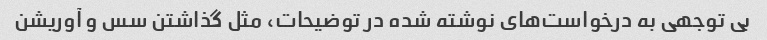
بی توجهی به درخواست‌های نوشته شده در توضیحات، مثل گذاشتن سس و آوریشن